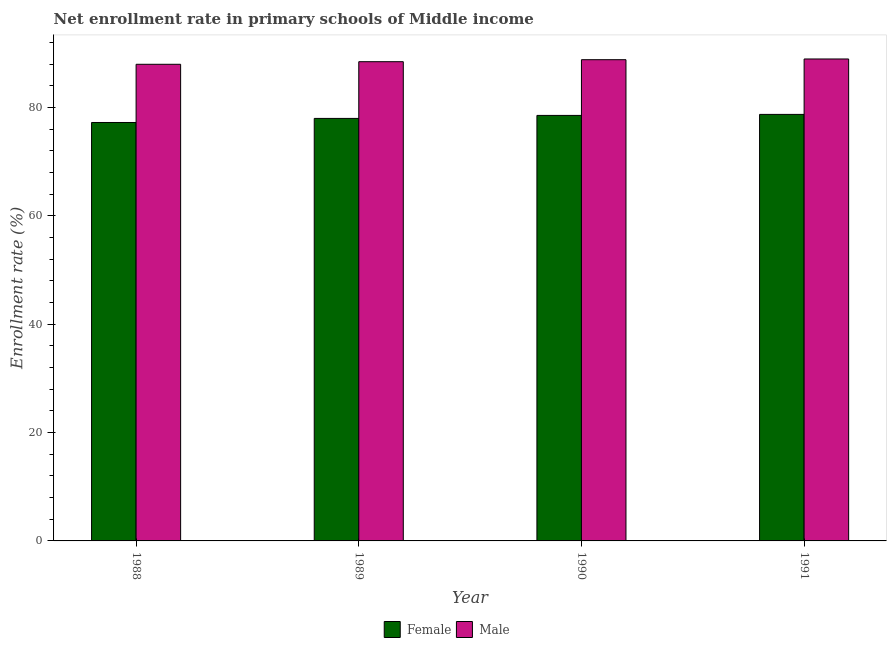
| Year | Female | Male |
 | --- | --- | --- |
 | 1988 | 77.2 | 88 |
 | 1989 | 78 | 88.5 |
 | 1990 | 78.5 | 88.8 |
 | 1991 | 78.7 | 89 |